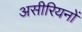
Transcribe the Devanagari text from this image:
असीरियनों